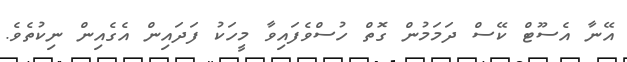
އޭނާ އެސޫޓް ކޭސް ދަމަމުން ގޮތް ހުސްވެފައިވާ މީހަކު ފަދައިން އެގެއިން ނިކުތެވެ.